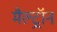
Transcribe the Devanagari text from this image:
मैल्ट्रॉन